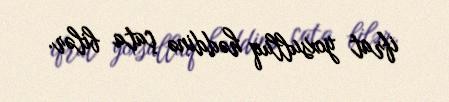
ifrat yoxsulluq həddinə çata bilər.